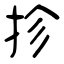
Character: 抮